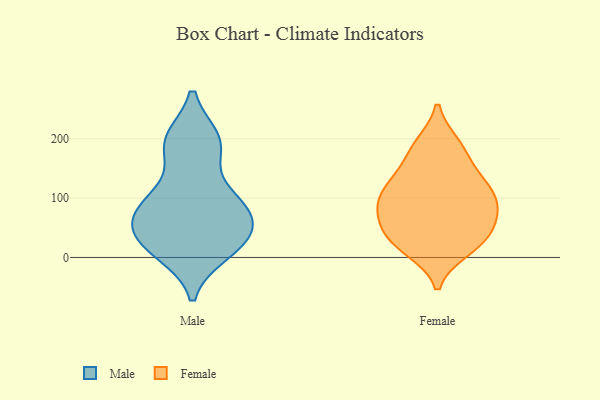
{"axis": {"x": "Customer Acquisition Cost (USD)", "y": "Value"}, "legend": ["Female", "Male"], "data": [{"x": "", "y": 37, "type": "Male"}, {"x": "", "y": 197, "type": "Male"}, {"x": "", "y": 190, "type": "Male"}, {"x": "", "y": 66, "type": "Male"}, {"x": "", "y": 95, "type": "Male"}, {"x": "", "y": 78, "type": "Male"}, {"x": "", "y": 101, "type": "Male"}, {"x": "", "y": 94, "type": "Male"}, {"x": "", "y": 18, "type": "Male"}, {"x": "", "y": 192, "type": "Male"}, {"x": "", "y": 35, "type": "Male"}, {"x": "", "y": 193, "type": "Male"}, {"x": "", "y": 10, "type": "Male"}, {"x": "", "y": 39, "type": "Male"}, {"x": "", "y": 78, "type": "Male"}, {"x": "", "y": 18, "type": "Male"}, {"x": "", "y": 40, "type": "Female"}, {"x": "", "y": 103, "type": "Female"}, {"x": "", "y": 104, "type": "Female"}, {"x": "", "y": 191, "type": "Female"}, {"x": "", "y": 122, "type": "Female"}, {"x": "", "y": 191, "type": "Female"}, {"x": "", "y": 50, "type": "Female"}, {"x": "", "y": 137, "type": "Female"}, {"x": "", "y": 172, "type": "Female"}, {"x": "", "y": 76, "type": "Female"}, {"x": "", "y": 37, "type": "Female"}, {"x": "", "y": 140, "type": "Female"}, {"x": "", "y": 70, "type": "Female"}, {"x": "", "y": 70, "type": "Female"}, {"x": "", "y": 19, "type": "Female"}, {"x": "", "y": 18, "type": "Female"}, {"x": "", "y": 104, "type": "Female"}, {"x": "", "y": 13, "type": "Female"}, {"x": "", "y": 93, "type": "Female"}]}